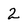
Character: 2